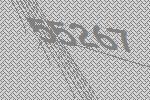
55267